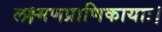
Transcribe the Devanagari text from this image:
लक्ष्मणप्राणिकायाः।